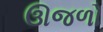
ઊજળો